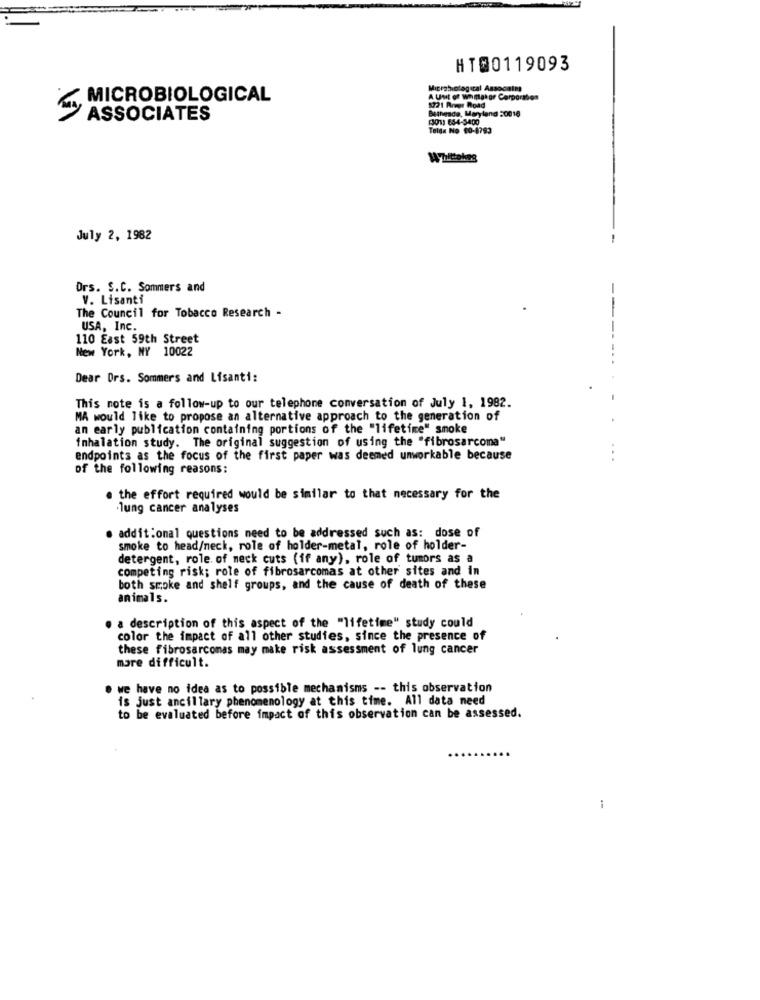
HT00119093
Microbiological Associin
MICROBIOLOGICAL
A Unit of whmak or Corporation
5721 Pregr Road
Bethesda, Maryland 20016
ASSOCIATES
1301) 654-3400
Telda No 10-8783
Ayhittokes
July 2, 1982
Ors. S.C. Sommers and
V. Lisanti
The Council for Tobacco Research -
USA, Inc.
110 East 59th Street
New York, NY 10022
Dear Ors. Sommers and Lisanti:
This note is a follow-up to our telephone conversation of July 1, 1982.
MA would like to propose an alternative approach to the generation of
an early publication containing portions of the "lifetime" smoke
inhalation study. The original suggestion of using the "fibrosarcoma"
endpoints as the focus of the first paper was deemed unworkable because
of the following reasons:
. the effort required would be similar to that necessary for the
.lung cancer analyses
additional questions need to be addressed such as: dose of
smoke to head/neck, role of holder-metal, role of holder-
detergent, role of meck cuts (if any), role of tumors as a
competing risk; role of fibrosarcomas at other sites and in
both smoke and shelf groups, and the cause of death of these
animals.
. a description of this aspect of the "lifetime" study could
color the impact of all other studies, since the presence of
these fibrosarcomas may make risk assessment of lung cancer
more difficult.
. we have no idea as to possible mechanisms -- this observation
is just ancillary phenomenology at this time. All data need
to be evaluated before impact of this observation can be assessed.
-